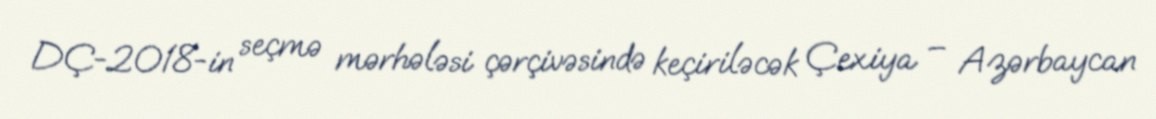
DÇ-2018-in seçmə mərhələsi çərçivəsində keçiriləcək Çexiya – Azərbaycan